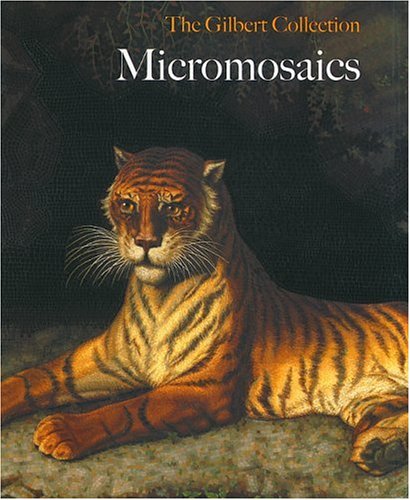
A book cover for Micromosaics: The Gilbert Collection; Jeanette Hanisee Gabriel; Crafts, Hobbies & Home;